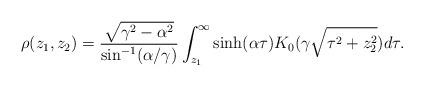
LaTeX: \begin{align*}\rho(z_1,z_2) = \frac{\sqrt{\gamma^2-\alpha^2}}{\sin^{-1}(\alpha/\gamma)}\int_{z_1}^{\infty} \sinh(\alpha \tau)K_0(\gamma\sqrt{\tau^2+z_2^2}) d\tau.\end{align*}